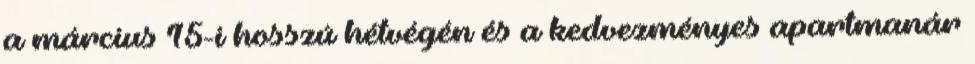
a március 15-i hosszú hétvégén és a kedvezményes apartmanár